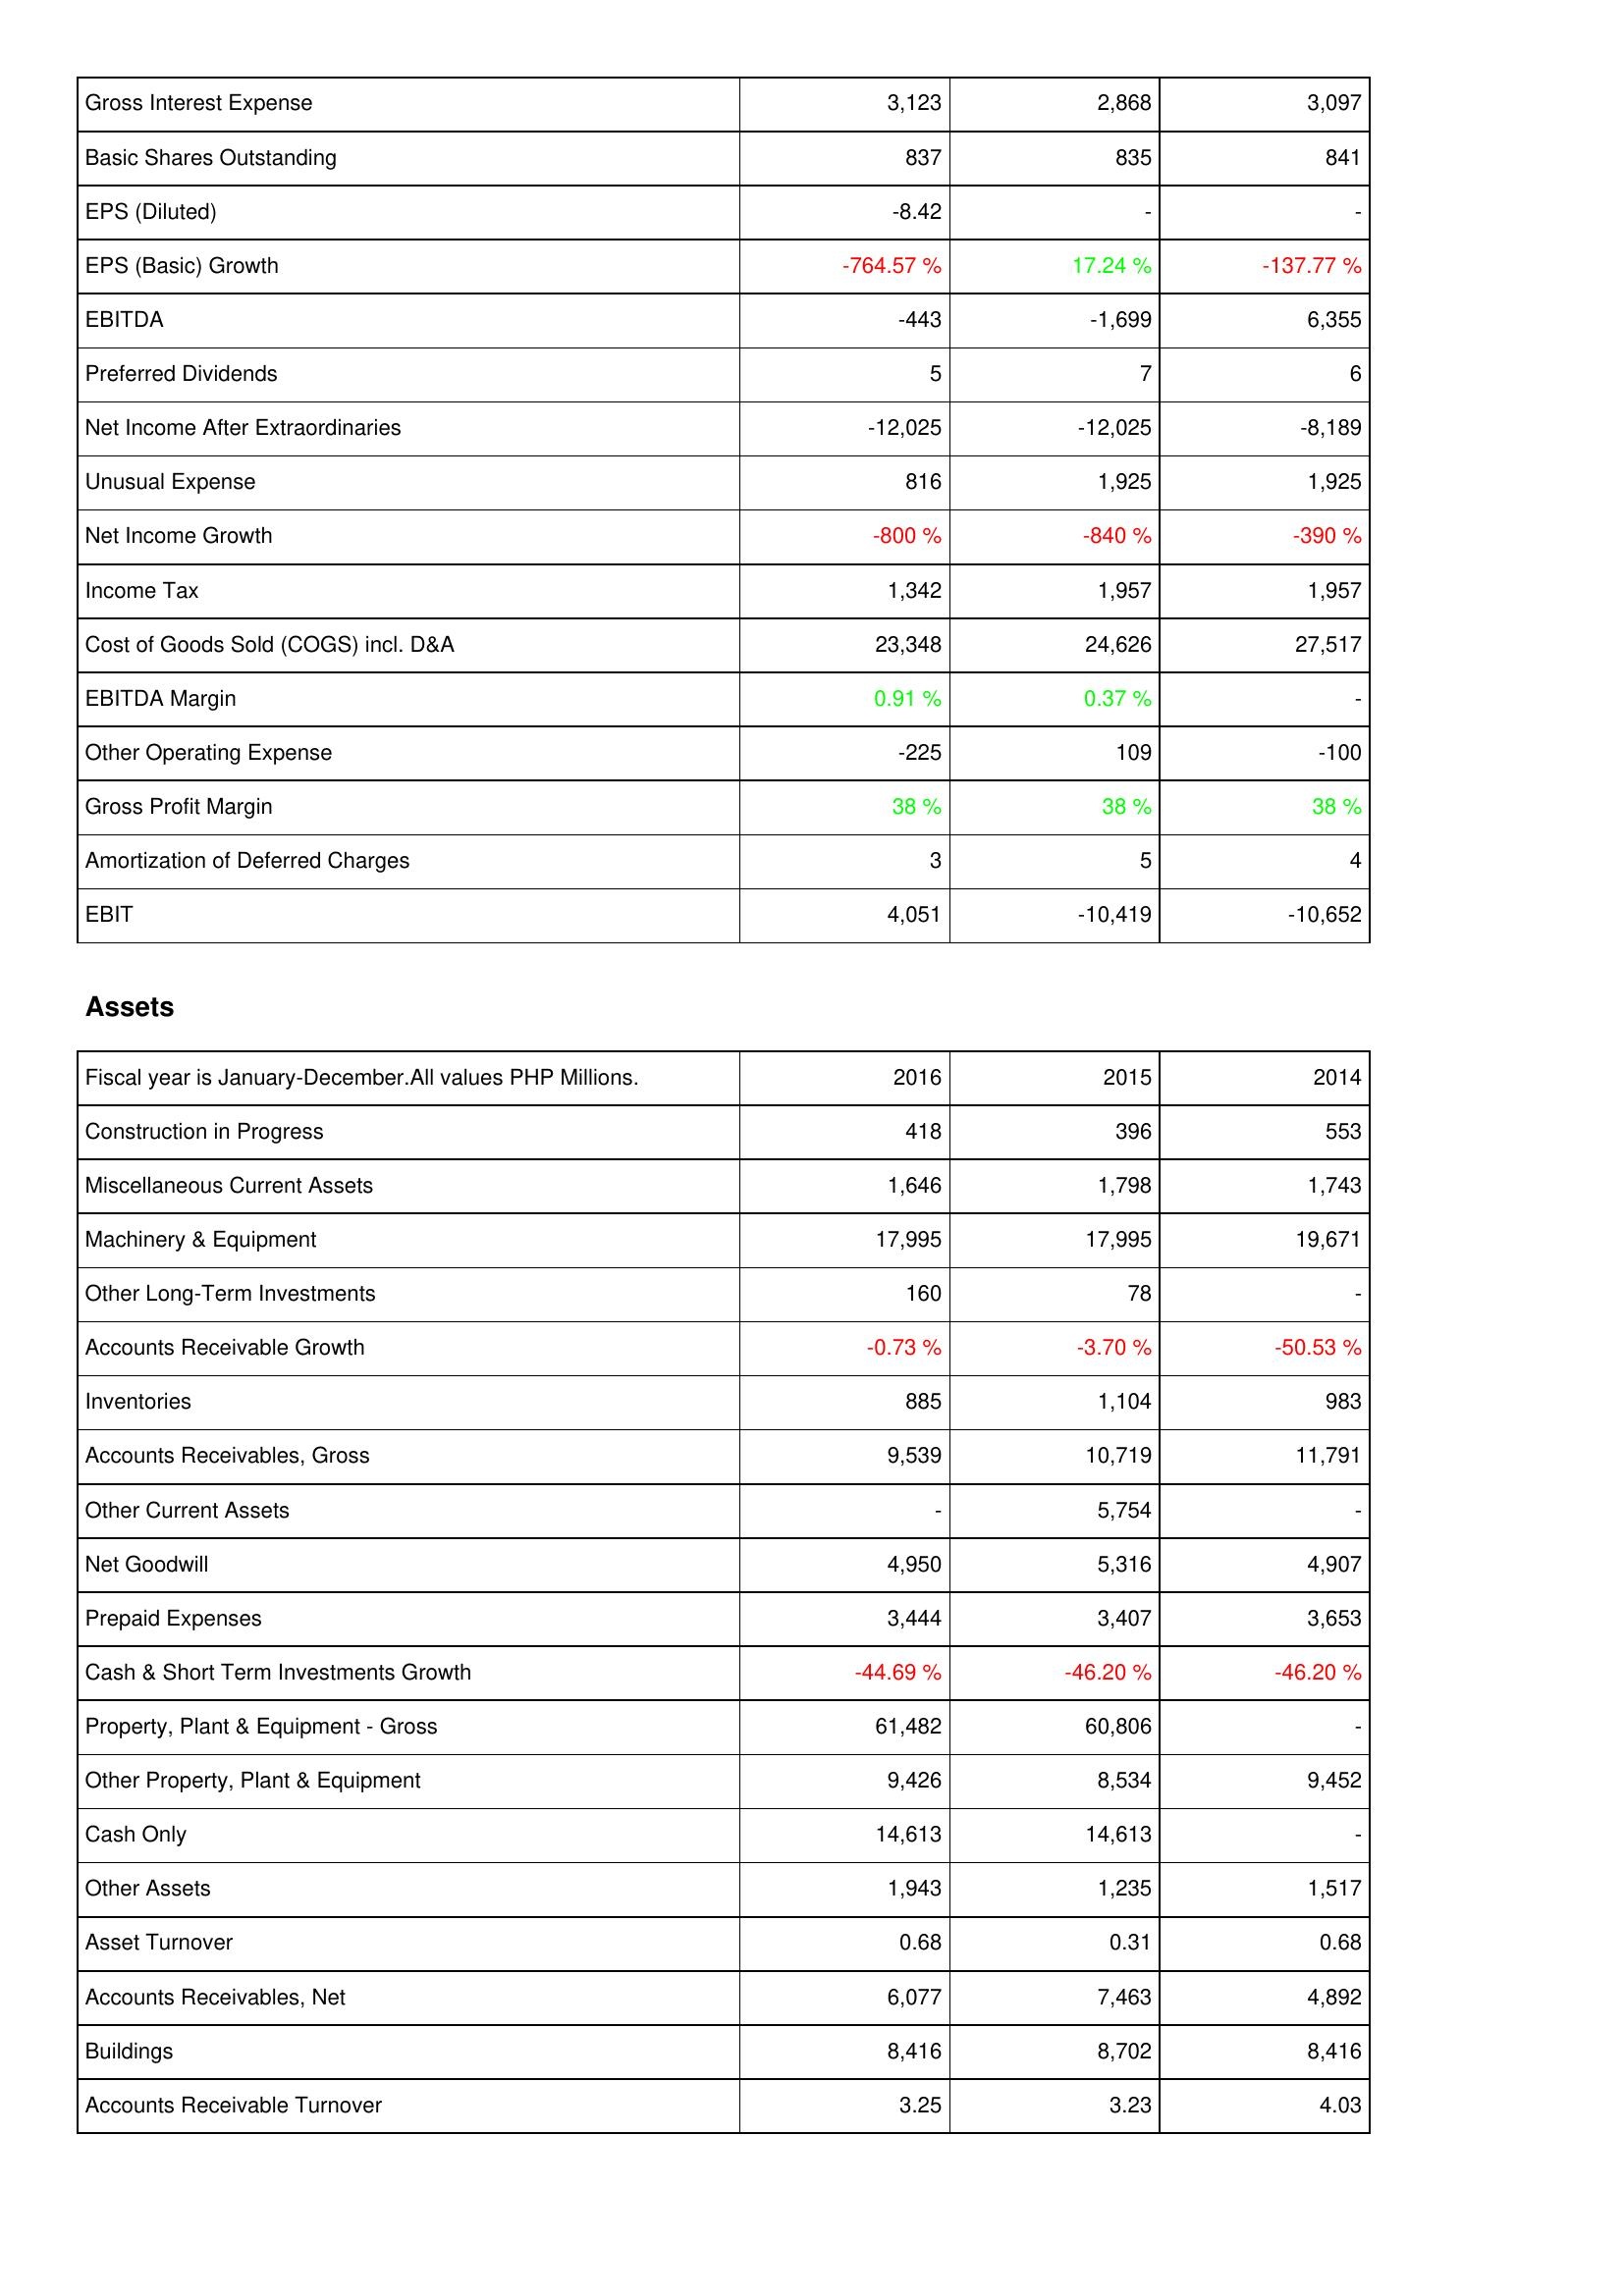
2016: Income Statement: Gross Interest Expense: 3,123
Basic Shares Outstanding: 837
EPS (Diluted): -8.42
EPS (Basic) Growth: -764.57 %
EBITDA: -443
Preferred Dividends: 5
Net Income After Extraordinaries: -12,025
Unusual Expense: 816
Net Income Growth: -800 %
Income Tax: 1,342
Cost of Goods Sold (COGS) incl. D&A: 23,348
EBITDA Margin: 0.91 %
Other Operating Expense: -225
Gross Profit Margin: 38 %
Amortization of Deferred Charges: 3
EBIT: 4,051
Assets: Construction in Progress: 418
Miscellaneous Current Assets: 1,646
Machinery & Equipment: 17,995
Other Long-Term Investments: 160
Accounts Receivable Growth: -0.73 %
Inventories: 885
Accounts Receivables, Gross: 9,539
Other Current Assets: -
Net Goodwill: 4,950
Prepaid Expenses: 3,444
Cash & Short Term Investments Growth: -44.69 %
Property, Plant & Equipment - Gross: 61,482
Other Property, Plant & Equipment: 9,426
Cash Only: 14,613
Other Assets: 1,943
Asset Turnover: 0.68
Accounts Receivables, Net: 6,077
Buildings: 8,416
Accounts Receivable Turnover: 3.25
2015: Income Statement: Gross Interest Expense: 2,868
Basic Shares Outstanding: 835
EPS (Diluted): -
EPS (Basic) Growth: 17.24 %
EBITDA: -1,699
Preferred Dividends: 7
Net Income After Extraordinaries: -12,025
Unusual Expense: 1,925
Net Income Growth: -840 %
Income Tax: 1,957
Cost of Goods Sold (COGS) incl. D&A: 24,626
EBITDA Margin: 0.37 %
Other Operating Expense: 109
Gross Profit Margin: 38 %
Amortization of Deferred Charges: 5
EBIT: -10,419
Assets: Construction in Progress: 396
Miscellaneous Current Assets: 1,798
Machinery & Equipment: 17,995
Other Long-Term Investments: 78
Accounts Receivable Growth: -3.70 %
Inventories: 1,104
Accounts Receivables, Gross: 10,719
Other Current Assets: 5,754
Net Goodwill: 5,316
Prepaid Expenses: 3,407
Cash & Short Term Investments Growth: -46.20 %
Property, Plant & Equipment - Gross: 60,806
Other Property, Plant & Equipment: 8,534
Cash Only: 14,613
Other Assets: 1,235
Asset Turnover: 0.31
Accounts Receivables, Net: 7,463
Buildings: 8,702
Accounts Receivable Turnover: 3.23
2014: Income Statement: Gross Interest Expense: 3,097
Basic Shares Outstanding: 841
EPS (Diluted): -
EPS (Basic) Growth: -137.77 %
EBITDA: 6,355
Preferred Dividends: 6
Net Income After Extraordinaries: -8,189
Unusual Expense: 1,925
Net Income Growth: -390 %
Income Tax: 1,957
Cost of Goods Sold (COGS) incl. D&A: 27,517
EBITDA Margin: -
Other Operating Expense: -100
Gross Profit Margin: 38 %
Amortization of Deferred Charges: 4
EBIT: -10,652
Assets: Construction in Progress: 553
Miscellaneous Current Assets: 1,743
Machinery & Equipment: 19,671
Other Long-Term Investments: -
Accounts Receivable Growth: -50.53 %
Inventories: 983
Accounts Receivables, Gross: 11,791
Other Current Assets: -
Net Goodwill: 4,907
Prepaid Expenses: 3,653
Cash & Short Term Investments Growth: -46.20 %
Property, Plant & Equipment - Gross: -
Other Property, Plant & Equipment: 9,452
Cash Only: -
Other Assets: 1,517
Asset Turnover: 0.68
Accounts Receivables, Net: 4,892
Buildings: 8,416
Accounts Receivable Turnover: 4.03